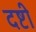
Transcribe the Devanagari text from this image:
दष्टी